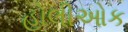
હોલીઓક